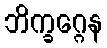
ဘိက္ခဂ္ဂေန